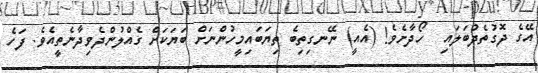
އޭގެ ދޮގުތެދުބަލައި  ހޯދާށެވެ! (އެއީ) ނޭނގިތިބެ ތިޔަބައިމީހުންނަށް ބަޔަކަށް ގެއްލުންދެވިދާނެތީއެވެ. ފަހެ